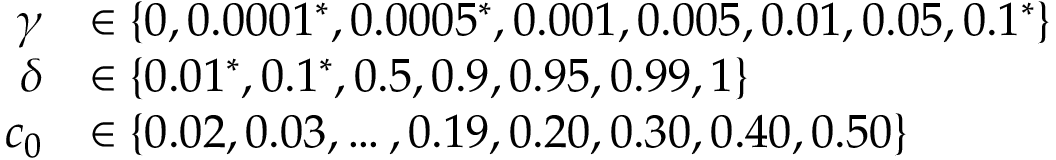
\begin{array} { r l } { \gamma } & { \in \{ 0 , 0 . 0 0 0 1 ^ { * } , 0 . 0 0 0 5 ^ { * } , 0 . 0 0 1 , 0 . 0 0 5 , 0 . 0 1 , 0 . 0 5 , 0 . 1 ^ { * } \} } \\ { \delta } & { \in \{ 0 . 0 1 ^ { * } , 0 . 1 ^ { * } , 0 . 5 , 0 . 9 , 0 . 9 5 , 0 . 9 9 , 1 \} } \\ { c _ { 0 } } & { \in \{ 0 . 0 2 , 0 . 0 3 , \dots , 0 . 1 9 , 0 . 2 0 , 0 . 3 0 , 0 . 4 0 , 0 . 5 0 \} } \end{array}